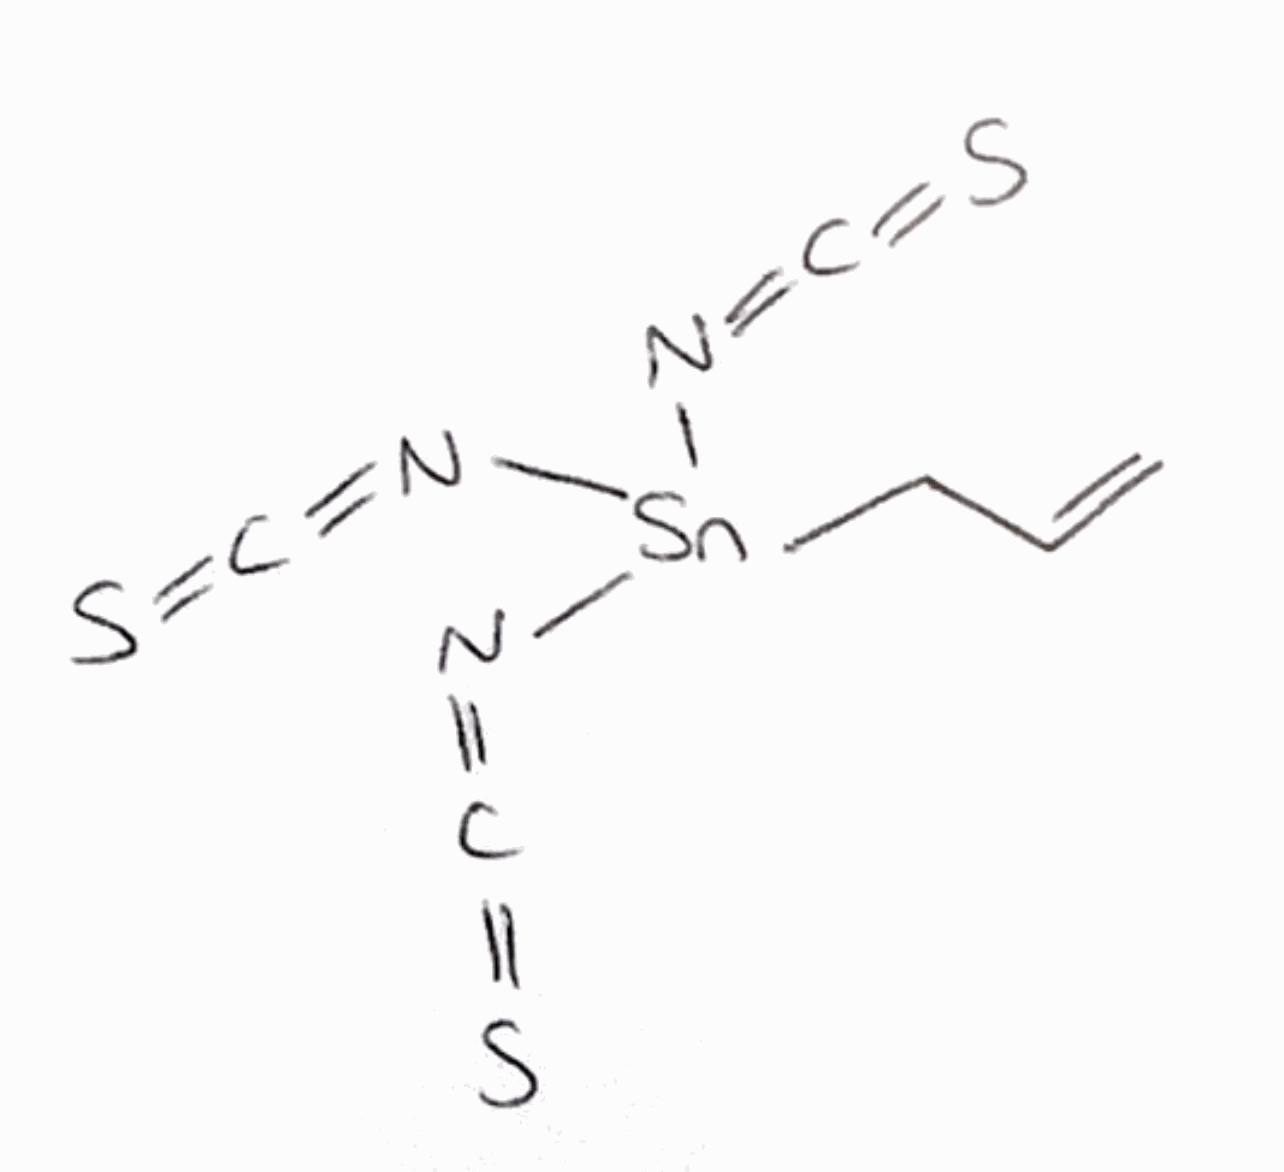
Simplified molecular-input line-entry system (SMILES) notation of the given molecule:
C=CC[Sn](N=C=S)(N=C=S)N=C=S